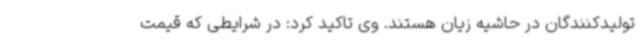
تولیدکنندگان در حاشیه زیان هستند. وی تاکید کرد: در شرایطی که قیمت